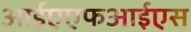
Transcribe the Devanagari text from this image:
आईएएफआईएस